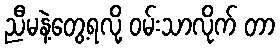
ညီမနဲ့တွေ့ရလို့ ဝမ်းသာလိုက် တာ